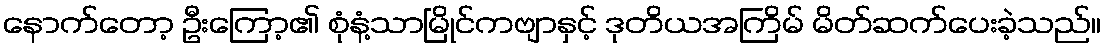
နောက်တော့ ဦးကြော့၏ စုံနံ့သာမြိုင်ကဗျာနှင့် ဒုတိယအကြိမ် မိတ်ဆက်ပေးခဲ့သည်။